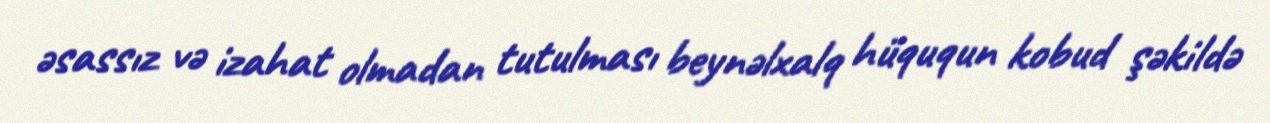
əsassız və izahat olmadan tutulması beynəlxalq hüququn kobud şəkildə